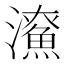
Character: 𤃖